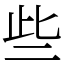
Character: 些